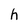
Character: h